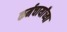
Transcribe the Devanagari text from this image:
कर्मचार्यांच्या